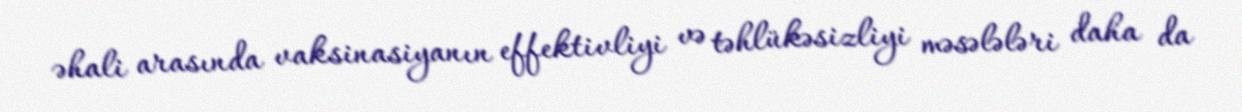
əhali arasında vaksinasiyanın effektivliyi və təhlükəsizliyi məsələləri daha da